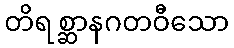
တိရစ္ဆာနဂတဝီသော